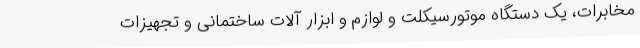
مخابرات، یک دستگاه موتورسیکلت و لوازم و ابزار آلات ساختمانی و تجهیزات